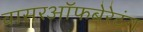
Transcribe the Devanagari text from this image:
वासरऑफबेरेटंग